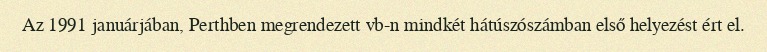
Az 1991 januárjában, Perthben megrendezett vb-n mindkét hátúszószámban első helyezést ért el.